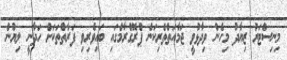
މިނިސްޓަރު ޒިޔާދު މިހެން ވިދާޅުވީ ޖަމާއަތްތެރިކަން ޕްރޮގްރާމްގައި ބައިވެރިވި ފަރާތްތަކަށް ހަދާނީ ލިޔުން